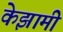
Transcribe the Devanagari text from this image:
केझामी